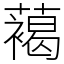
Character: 䕣